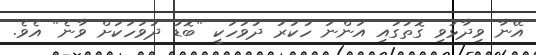
އޭނާ ވިދާޅުވި ގޮތުގައި އަންނަ ހުކުރު ދުވަހަކީ "ބޮޑު ދުވަހަކަށް ވާނެ" އެވެ.